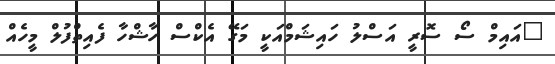
"އައިމް ސޯ ސޮރީ އަސްލު ހައިޝަމްއަކީ މަގޭ އެކްސް ހާޝްހާ ފެއިތްފުލް މީހެއް